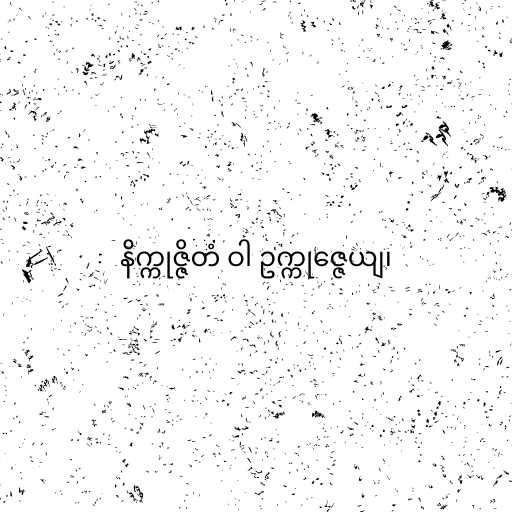
နိက္ကုဇ္ဇိတံ ဝါ ဥက္ကုဇ္ဇေယျ၊